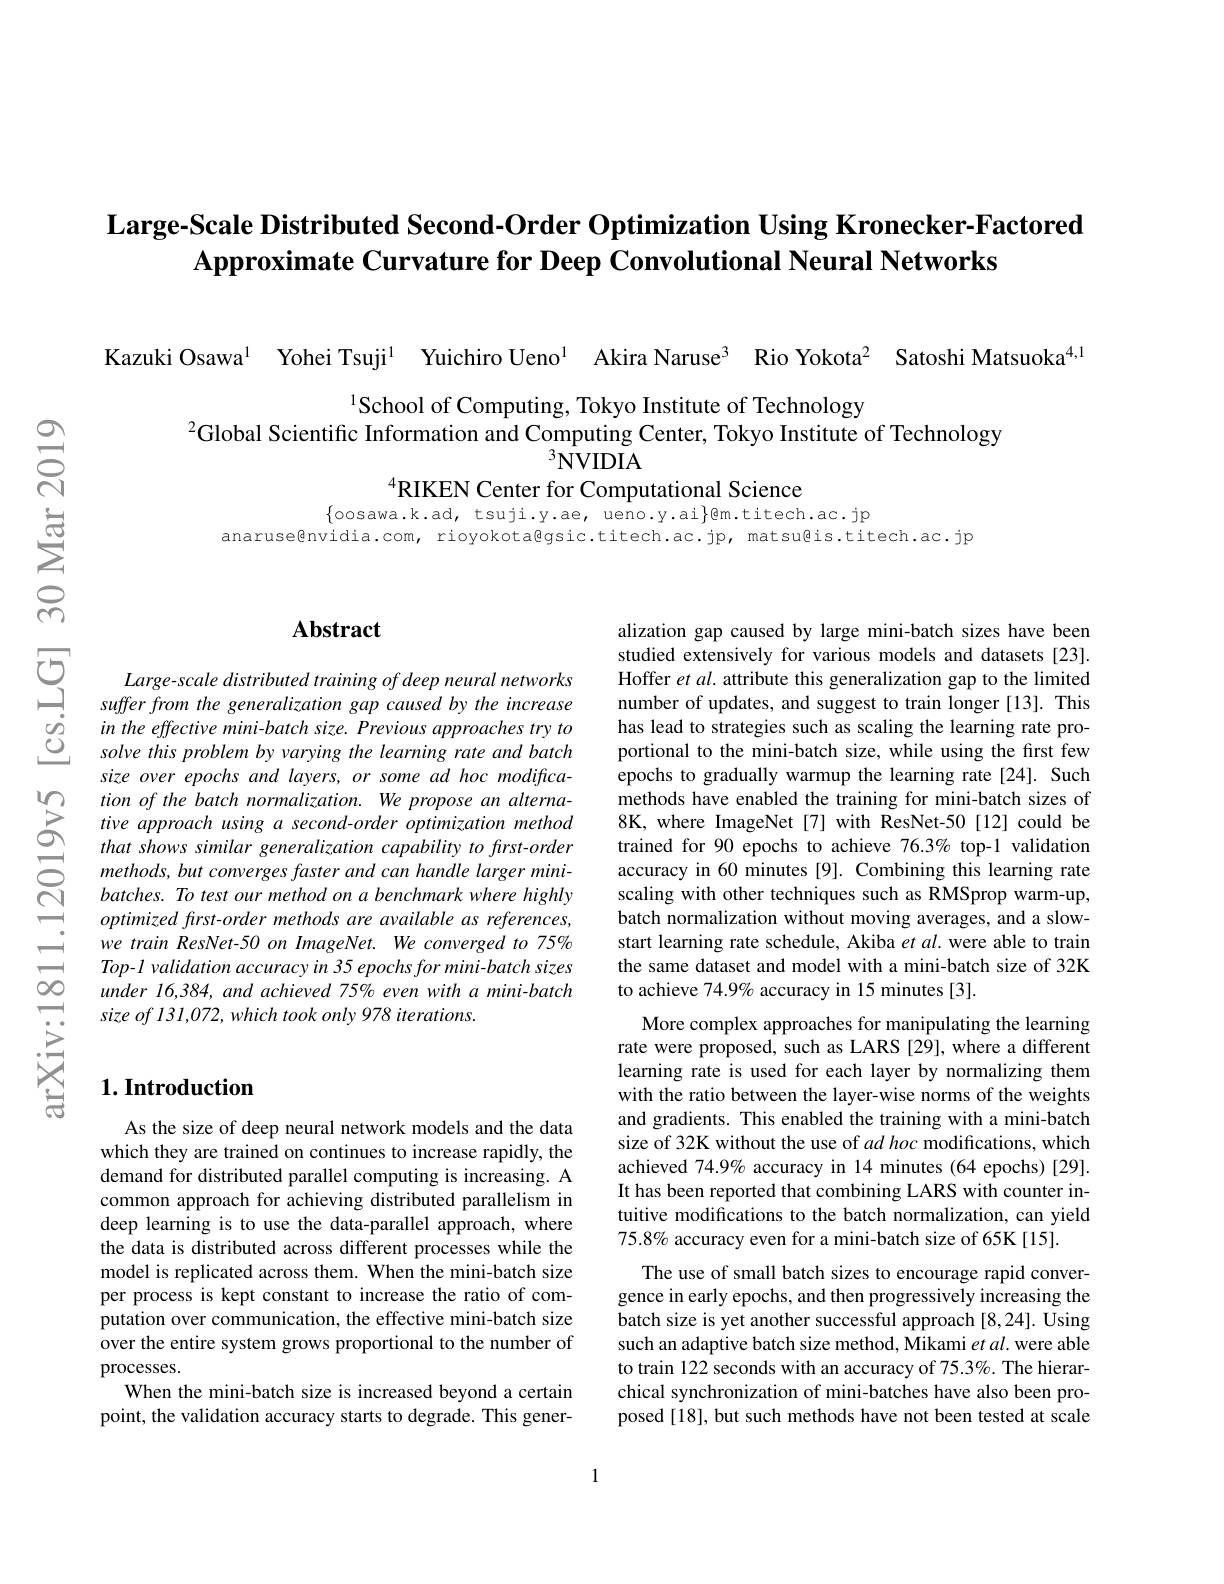
Large-Scale Distributed Second-Order Optimization Using Kronecker-Factored
Approximate Curvature for Deep Convolutional Neural Networks

Kazuki Osawa$^{1}$ Yohei Tsuji$^{1}$ Yuichiro Ueno$^{1}$ Akira Naruse$^{3}$ Rio Yokota$^{2}$ Satoshi Matsuoka$^{4,1}$

1School of Computing, Tokyo Institute of Technology
$^{2}$Global Scientific Information and Computing Center, Tokyo Institute of Technology
$^3$NVIDIA
$^{4}$RIKEN Center for Computational Science

$\{$oosawa.k.ad, tsuji.y.ae, ueno.y.ai$\}$@m.titech.ac.jp

anaruse@nvidia.com, rioyokota@gsic.titech.ac.jp, matsu@is.titech.ac.jp

## $\mathbf{Abstract}$

Large-scale distributed training of deep neural networks suffer from the generalization gap caused by the increase in the effective mini-batch size. Previous approaches try to solve this problem by varying the learning rate and batch size over epochs and layers, or some ad hoc modification of the batch normalization. We propose an alternative approach using a second-order optimization method that shows similar generalization capability to first-order methods, but converges faster and can handle larger minibatches. To test our method on a benchmark where highly optimized frst-order methods are available as references, we train ResNet-50 on ImageNet. We converged to 75% Top-1 validation accuracy in 35 epochs for mini-batch sizes under 16,384, and achieved 75% even with a mini-batch size of 131,072, which took only 978 iterations.

alization gap caused by large mini-batch sizes have been studied extensively for various models and datasets [23]. Hoffer et al. attribute this generalization gap to the limited number of updates, and suggest to train longer [13]. This has lead to strategies such as scaling the learning rate proportional to the mini-batch size, while using the first few epochs to gradually warmup the learning rate[24]. Such methods have enabled the training for mini-batch sizes of 8K, where ImageNet [7] with ResNet-50 [12] could be trained for 90 epochs to achieve 76.3% top-1 validation accuracy in 60 minutes [9]. Combining this learning rate scaling with other techniques such as RMSprop warm-up, batch normalization without moving averages, and a slowstart learning rate schedule, Akiba $etal.$ were able to train the same dataset and model with a mini-batch size of 32K to achieve 74.9% accuracy in 15 minutes [3].
More complex approaches for manipulating the learning rate were proposed, such as LARS [29], where a different learning rate is used for each layer by normalizing them with the ratio between the layer-wise norms of the weights and gradients. This enabled the training with a mini-batch size of 32K without the use of ad hoc modifications, which achieved 74.9% accuracy in 14 minutes (64 epochs)[29]. It has been reported that combining LARS with counter intuitive modifications to the batch normalization, can yield 75.8% accuracy even for a mini-batch size of 65K[15].
The use of small batch sizes to encourage rapid convergence in early epochs, and then progressively increasing the batch size is yet another successful approach [8,24]. Using such an adaptive batch size method, Mikami $et\textit{al. were able}$ to train 122 seconds with an accuracy of 75.3%. The hierarchical synchronization of mini-batches have also been proposed [18], but such methods have not been tested at scale

## $1. \textbf{Introduction}$

As the size of deep neural network models and the data which they are trained on continues to increase rapidly, the demand for distributed parallel computing is increasing. A common approach for achieving distributed parallelism in deep learning is to use the data-parallel approach, where the data is distributed across different processes while the model is replicated across them. When the mini-batch size per process is kept constant to increase the ratio of computation over communication, the effective mini-batch size over the entire system grows proportional to the number of processes.
When the mini-batch size is increased beyond a certain point, the validation accuracy starts to degrade. This gener-

1